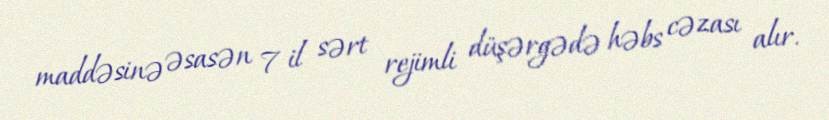
maddəsinə əsasən 7 il sərt rejimli düşərgədə həbs cəzası alır.